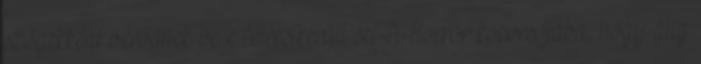
szögekként verődnek be e félresikerült sci-fi-horror koporsójába, hogy alig